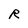
Character: R